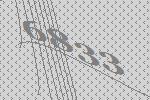
6833